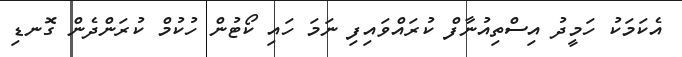
އެކަމަކު ހަމީދު އިސްތިއުނާފް ކުރައްވައިފި ނަމަ ހައި ކޯޓުން ހުކުމް ކުރަންދެން ގޮނޑި